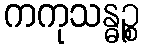
ကကုသန္ဓဉ္စ